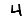
Digit: 4